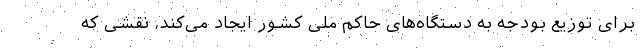
برای توزیع بودجه به دستگاه‌های حاکم ملی کشور ایجاد می‌کند، نقشی که